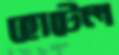
হোটেল